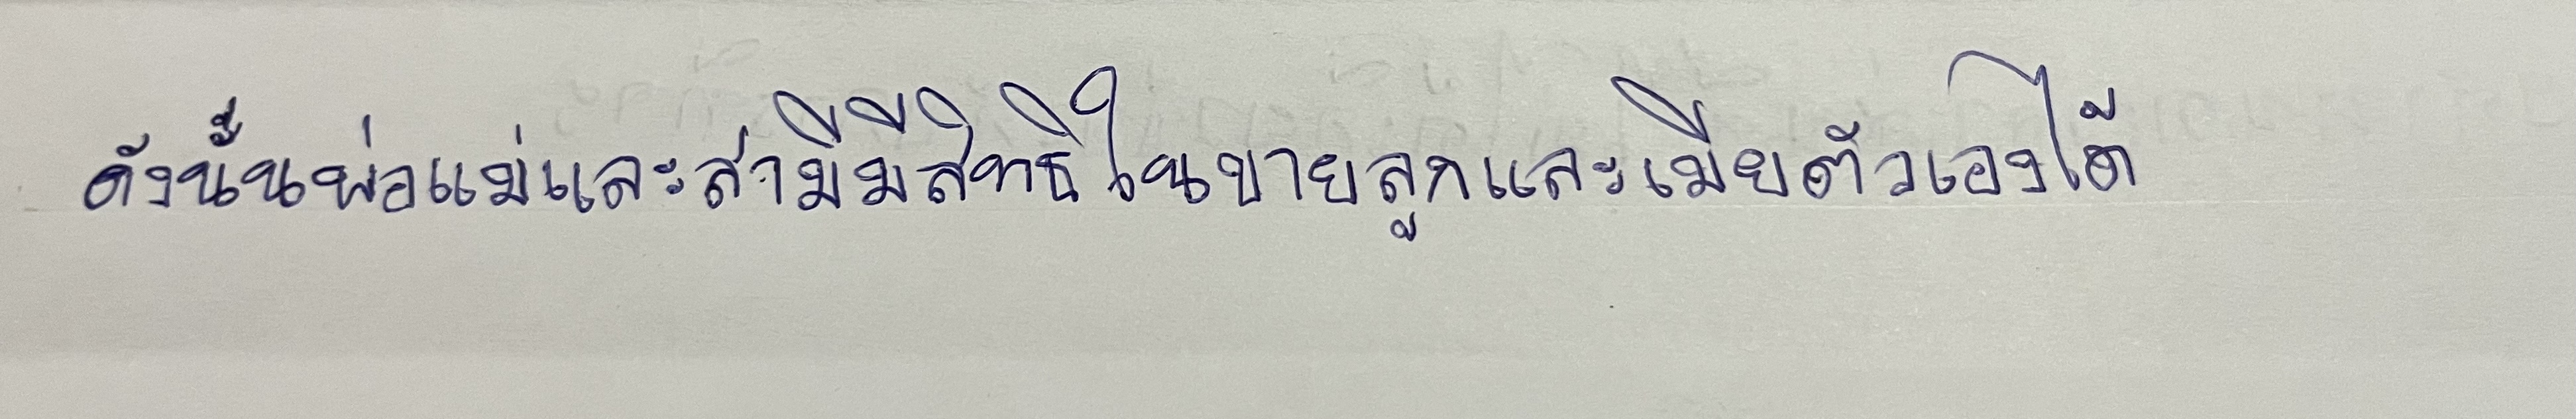
ดังนั้นพ่อแม่และสามีมีสิทธิในขายลูกและเมียตัวเองได้